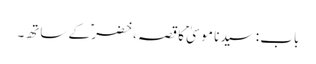
باب : سیدنا موسیٰؑ کا قصہ ، خضرؑ کے ساتھ۔